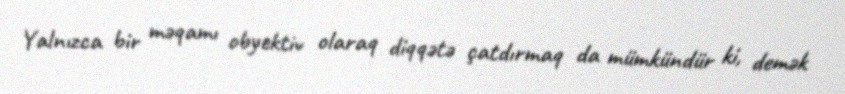
Yalnızca bir məqamı obyektiv olaraq diqqətə çatdırmaq da mümkündür ki, demək